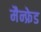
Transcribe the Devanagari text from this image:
मैन्फ्रेड